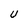
Character: U